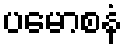
ပမောစနံ